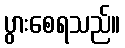
ပွားစေရသည်။